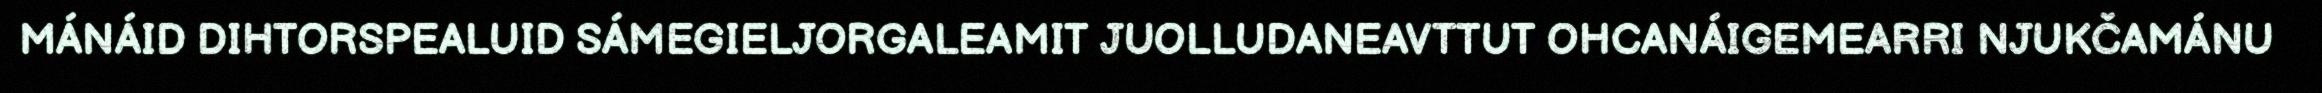
MÁNÁID DIHTORSPEALUID SÁMEGIELJORGALEAMIT JUOLLUDANEAVTTUT OHCANÁIGEMEARRI NJUKČAMÁNU